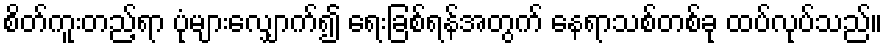
စိတ်ကူးတည့်ရာ ပုံများလျှောက်၍ ရေးခြစ်ရန်အတွက် နေရာသစ်တစ်ခု ထပ်လုပ်သည်။